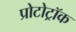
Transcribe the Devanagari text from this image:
प्रोटोट्रॉक